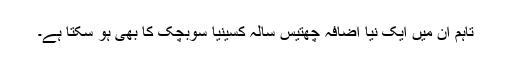
تاہم ان میں ایک نیا اضافہ چھتیس سالہ کسینیا سوبچک کا بھی ہو سکتا ہے۔